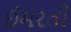
ઈમરતી